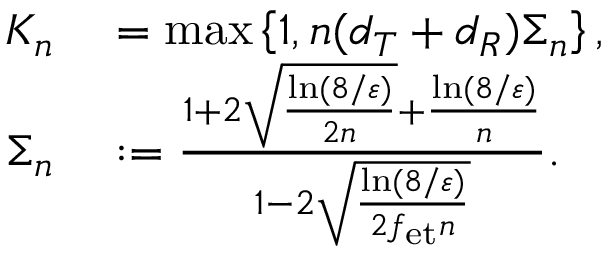
\begin{array} { r l } { K _ { n } } & { { } = \operatorname* { m a x } \left\{ 1 , n ( d _ { T } + d _ { R } ) \Sigma _ { n } \right\} , } \\ { \Sigma _ { n } } & { { } : = \frac { 1 + 2 \sqrt { \frac { \ln ( 8 / \varepsilon ) } { 2 n } } + \frac { \ln ( 8 / \varepsilon ) } { n } } { 1 - 2 \sqrt { \frac { \ln ( 8 / \varepsilon ) } { 2 f _ { \mathrm { e t } } n } } } . } \end{array}